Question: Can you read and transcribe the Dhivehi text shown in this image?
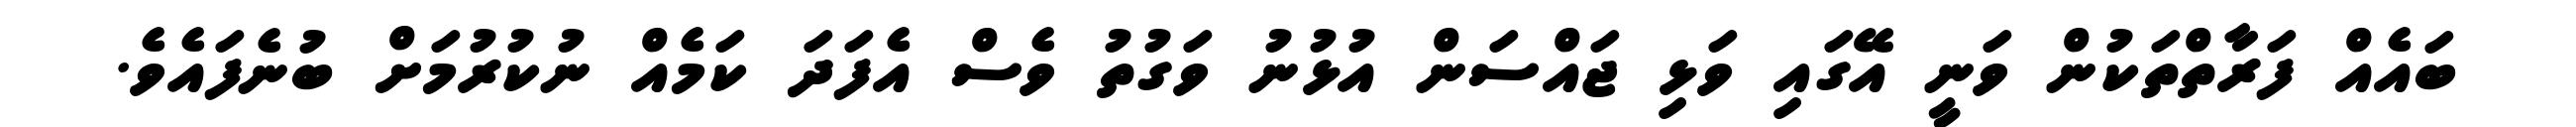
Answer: ބައެއް ފަރާތްތަކުން ވަނީ އޭގައި ވަޅި ޖައްސަން އުޅުނު ވަގުތު ވެސް އެފަދަ ކަމެއް ނުކުރުމަށް ބުނެފައެވެ.